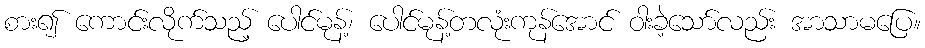
စား၍ ကောင်းလိုက်သည့် ပေါင်မုန့်၊ ပေါင်မုန့်တလုံးကုန်အောင် ဝါးခဲ့သော်လည်း အာသာမပြေ။